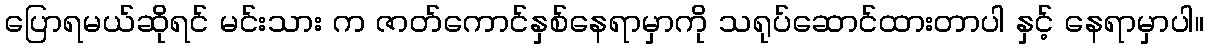
ပြောရမယ်ဆိုရင် မင်းသား က ဇာတ်ကောင်နှစ်နေရာမှာကို သရုပ်ဆောင်ထားတာပါ နှင့် နေရာမှာပါ။